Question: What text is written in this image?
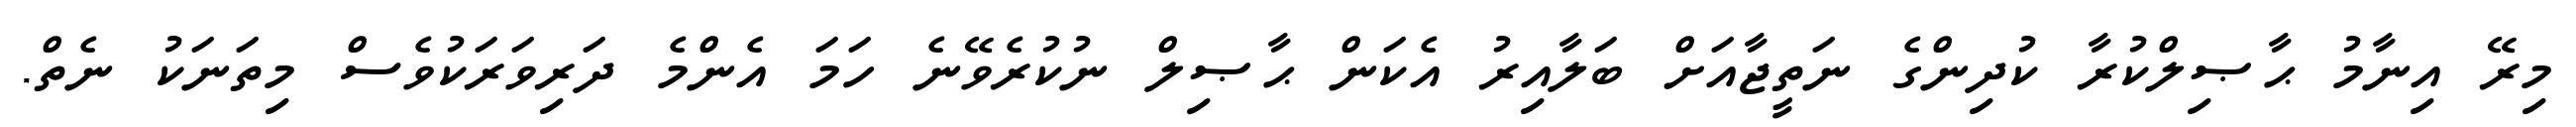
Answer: މިރޭ އިނާމު ޙާޞިލްކުރާ ކުދިންގެ ނަތީޖާއަށް ބަލާއިރު އެކަން ޙާޞިލް ނުކުރެވޭނެ ހަމަ އެންމެ ދަރިވަރަކުވެސް މިތަނަކު ނެތް.